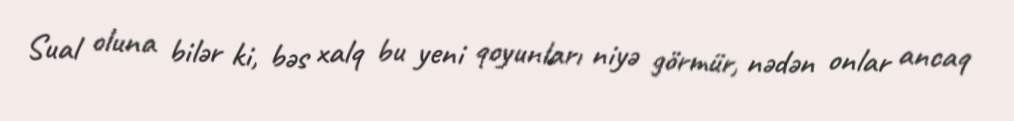
Sual oluna bilər ki, bəs xalq bu yeni qoyunları niyə görmür, nədən onlar ancaq